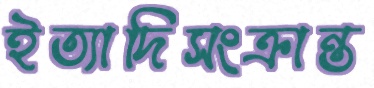
ইত্যাদিসংক্রান্ত